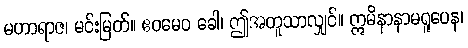
မဟာရာဇ၊ မင်းမြတ်။ ဧဝမေဝ ခေါ၊ ဤအတူသာလျှင်။ ဣမိနာနာမရူပေန၊